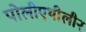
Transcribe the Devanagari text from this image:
पोलीएथीलीन